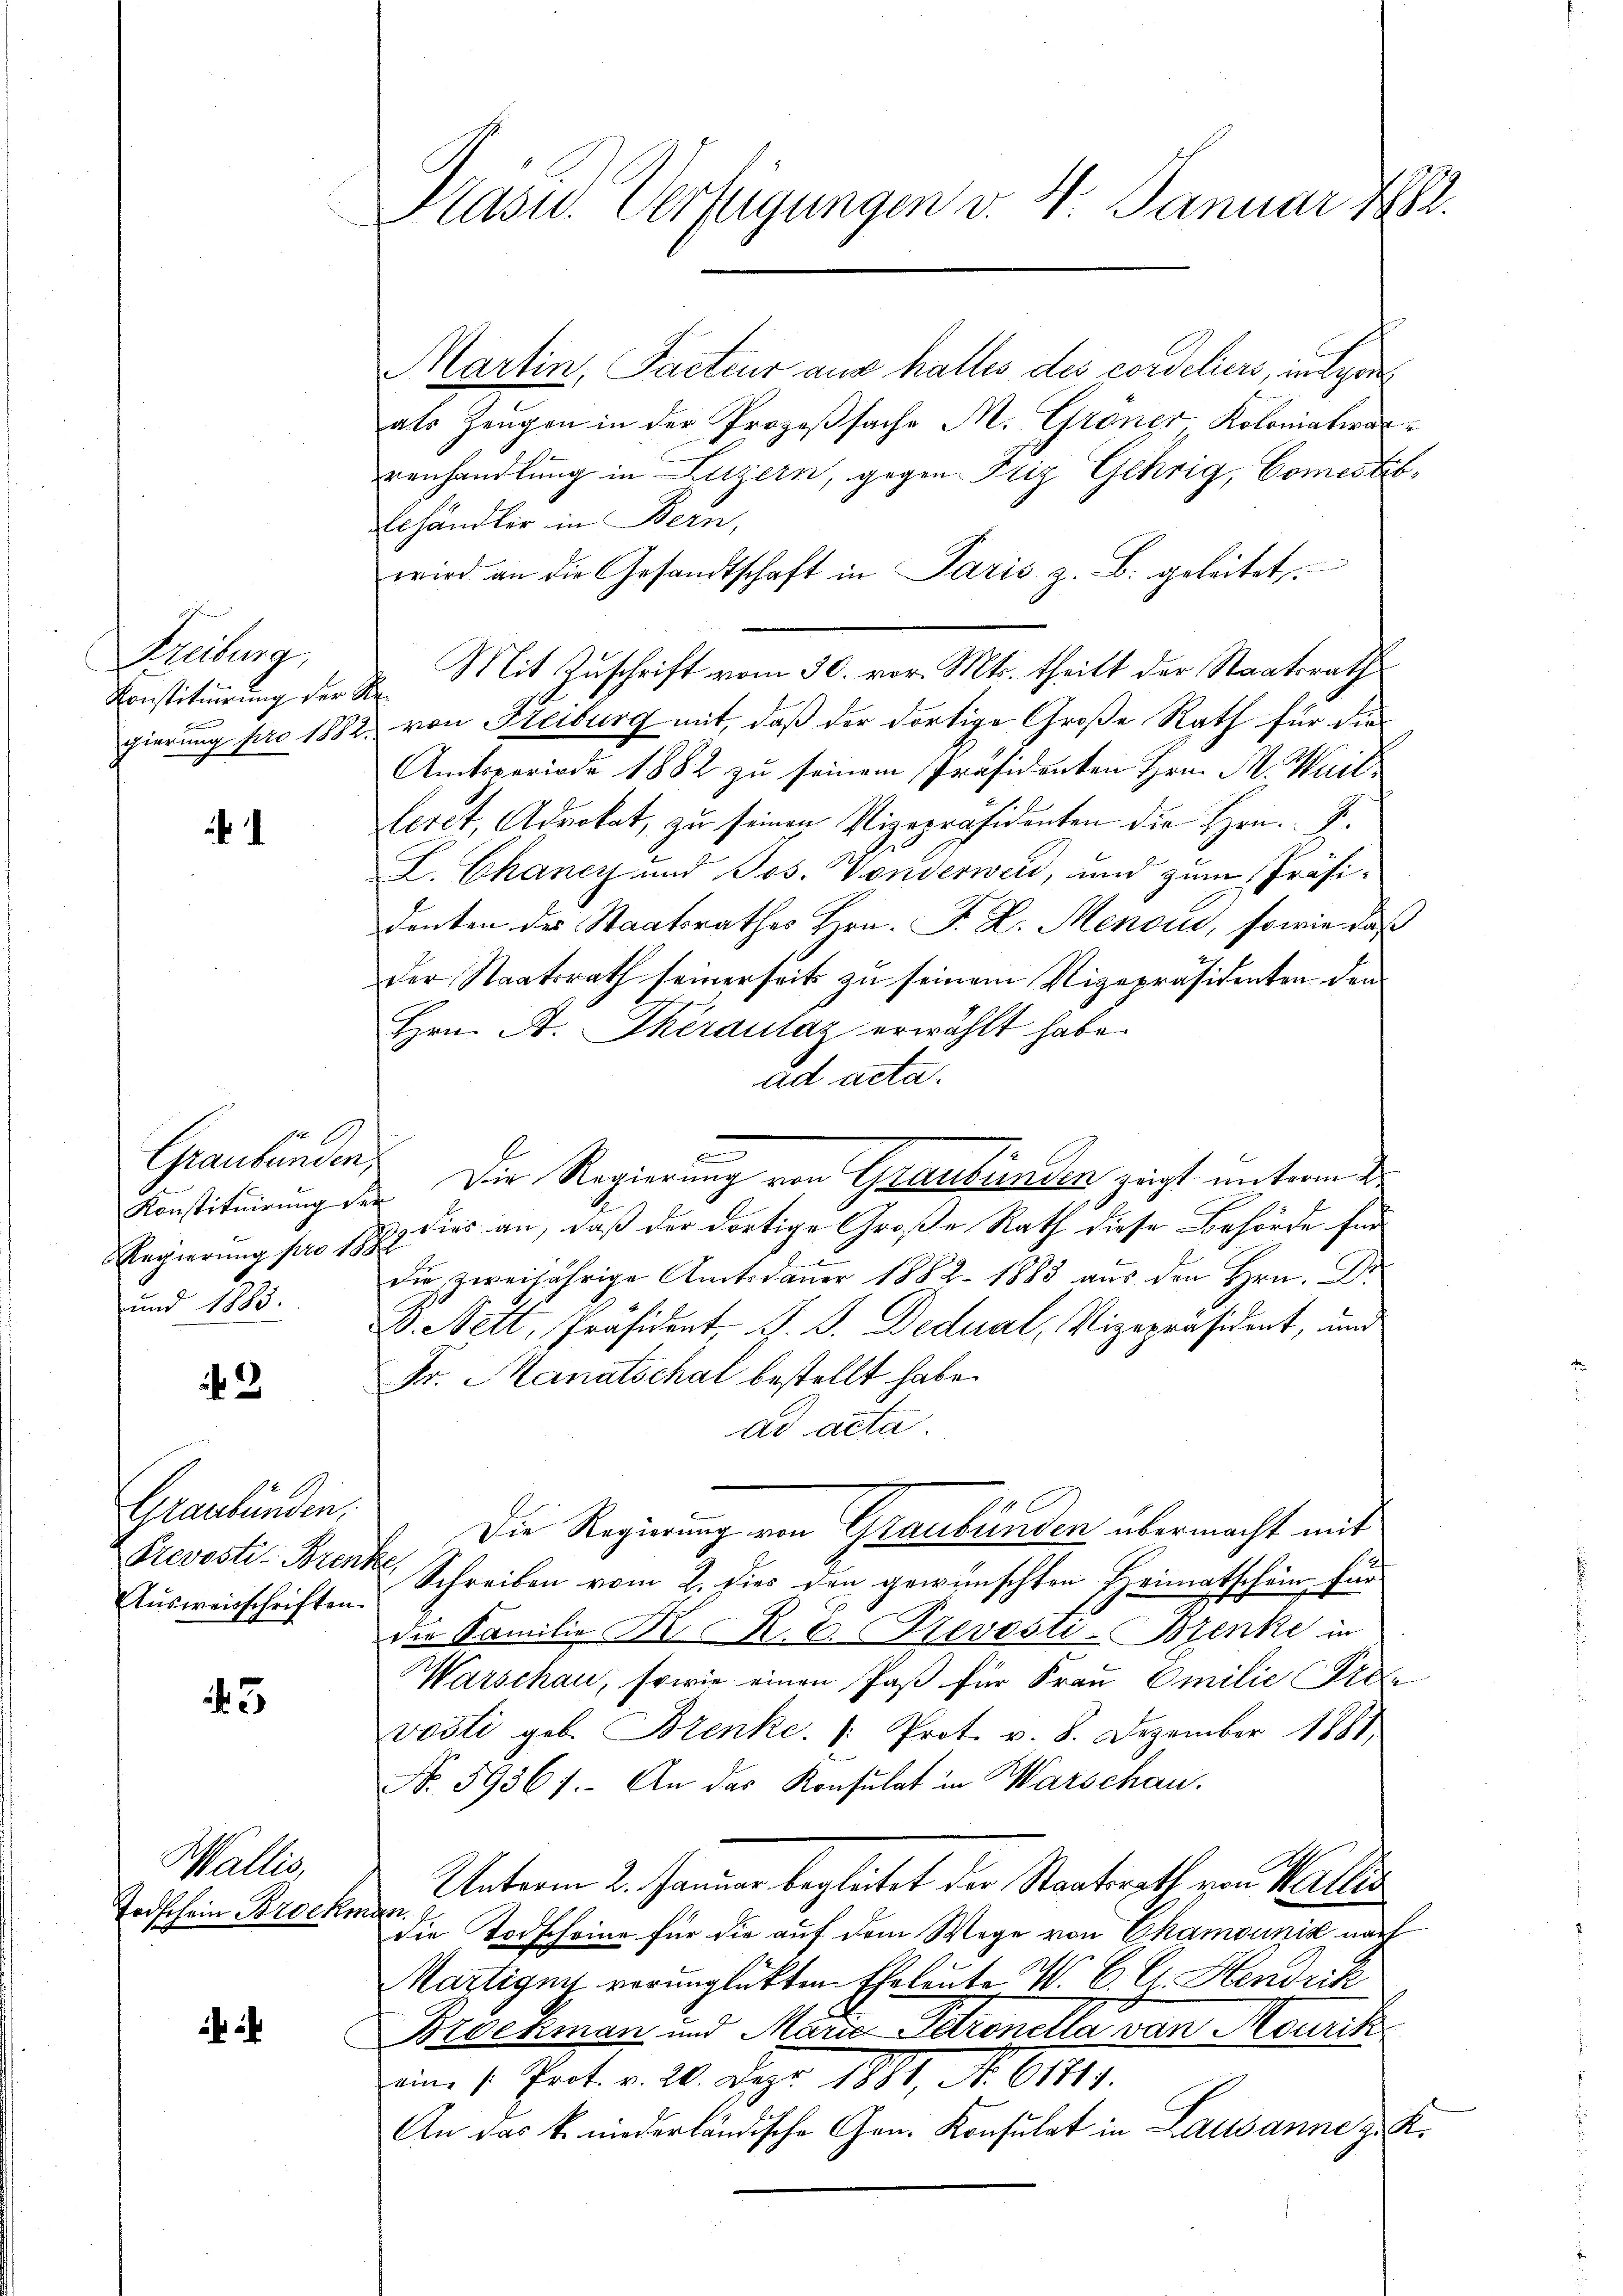
Freiburg,
Konstituirung der Re¬

Konstituirung der
und 1883.

2

Graubünden,
Ausweisschriften.

3

Wallis,
Todschein Brockman

Kasu. Verfügungen v. 4. Januar 1889.

Martin, Facteur aus halles des condoliers, in gen
als Zeugen in der Prozeßsache M. Gröner, Koloniaterarrenhandlung in Luzern, gegen Friz Gehrig, Comestibbehändler in Bern,
wird an die Gesandtschaft in Paris z. B. geleitet.
Mit Zuschrift vom 30. vor. Mts. theilt der Staatsrath
gierung pro 1882 von Freiburg mit, daß der dortige Große Rath für die
Amtsperiode 1882 zu seinem Präsidenten Hrn. M. Waitleret, Advokat, zu seinen Vizepräsidenten die Hrn. F.
L. Chancy und Jos. Vonderweid, und zum Präsidenten des Staatsrathes Hrn. F. L. Menou, sowie daß
der Staatsrath seinerseits zu seinem Vizepräsidenten den
Hrn. A. Theraulaz erwählt habe.
ad acta.
c
Graubünden. Die Regierung von Graubünden zeigt unterm 2
Regierŭng pro 1882 dies an, daß der dortige Große Rath diese Behörde für
2
die zweijährige Amtsdaŭer 1882. 1883 aŭs den Hrn. Dr
B. Nett, Präsident J. J. Dedual, Vizepräsident, und
Fr. Manatschal bestellt habe.
ad acta.
Die Regierung von Graubünden übermacht mit
Prevosti-Brenk Schreiben vom 2. dies den gewünschten Heimatschein für
die Familie K. R. E. Stevosti-Bzenke in
Warschau, sowie einen Paß für Frau Emilie Profe
vosti geb. Brenke. 1: Prot. v. 8. Dezember 1881
No. 59361. An das Konsulat in Warschau.
Unterm 2. Januar begleitet der Staatsrath von Wallis
die Torscheine für die auf dem Wege von Chamounis nach
Martigny verunglückten Eheleute W. B. C. Hendrik
Brockman und Marie Patronella van Mourik
eine 1. Prot. v. 20. Dez. 1881, No. 61811.
An das k. niederländische Gen. Konsulat in Lausanne z. K.